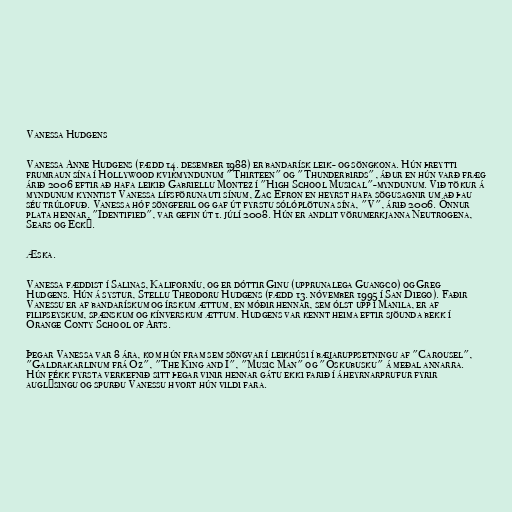
Vanessa Hudgens

Vanessa Anne Hudgens (fædd 14. desember 1988) er bandarísk leik- og söngkona. Hún þreytti
frumraun sína í Hollywood kvikmyndunum "Thirteen" og "Thunderbirds", áður en hún varð fræg
árið 2006 eftir að hafa leikið Gabriellu Montez í "High School Musical"-myndunum. Við tökur á
myndunum kynntist Vanessa lífsförunauti sínum, Zac Efron en heyrst hafa sögusagnir um að þau
séu trúlofuð. Vanessa hóf söngferil og gaf út fyrstu sólóplötuna sína, "V", árið 2006. Önnur
plata hennar, "Identified", var gefin út 1. júlí 2008. Hún er andlit vörumerkjanna Neutrogena,
Sears og Eckō.

Æska.

Vanessa fæddist í Salinas, Kaliforníu, og er dóttir Ginu (upprunalega Guangco) og Greg
Hudgens. Hún á systur, Stellu Theodoru Hudgens (fædd 13. nóvember 1995 í San Diego). Faðir
Vanessu er af bandarískum og írskum ættum, en móðir hennar, sem ólst upp í Manila, er af
filipseyskum, spænskum og kínverskum ættum. Hudgens var kennt heima eftir sjöunda bekk í
Orange Conty School of Arts.

Þegar Vanessa var 8 ára, kom hún fram sem söngvar í leikhúsi í bæjaruppsetningu af "Carousel",
"Galdrakarlinum frá Oz", "The King and I", "Music Man" og "Öskubusku" á meðal annarra.
Hún fékk fyrsta verkefnið sitt þegar vinir hennar gátu ekki farið í áheyrnarprufur fyrir
auglýsingu og spurðu Vanessu hvort hún vildi fara.